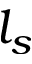
l _ { s }